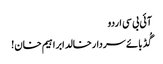
آئی بی سی اردو
گُڈ بائے سردارخالد ابراہیم خان!